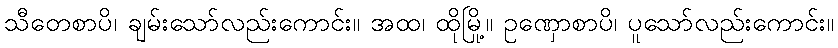
သီတေစာပိ၊ ချမ်းသော်လည်းကောင်း။ အထ၊ ထိုမြို့။ ဥဏှောစာပိ၊ ပူသော်လည်းကောင်း။